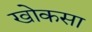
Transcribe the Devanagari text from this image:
खोकसा